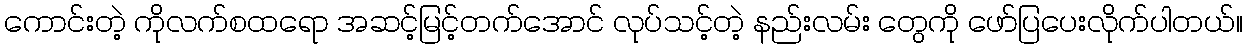
ကောင်းတဲ့ ကိုလက်စထရော အဆင့်မြင့်တက်အောင် လုပ်သင့်တဲ့ နည်းလမ်း တွေကို ဖော်ပြပေးလိုက်ပါတယ်။